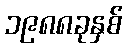
၁၉၈၈ခုနှစ်